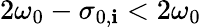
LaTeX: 2\omega_{0}-\sigma_{0,\mathbf{i}}<2\omega_{0}